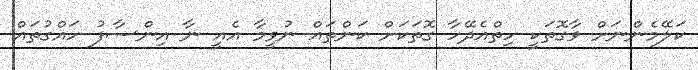
ކަލޭމެންނަށް ވާގޮތަކީ ހިތްއެދޭހާ ގޮތަކަށް ކަންތައް ނުވީމާ އެއީ ނާ އިންސާފު ހައްގުތައް